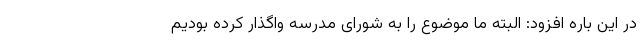
در این باره افزود: البته ما موضوع را به شورای مدرسه واگذار کرده بودیم